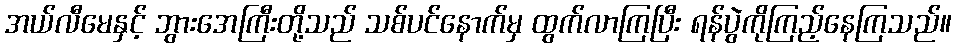
အယ်လီမေနှင့် ဘွားအေကြီးတို့သည် သစ်ပင်နောက်မှ ထွက်လာကြပြီး ရန်ပွဲကိုကြည့်နေကြသည်။